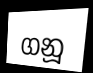
ගනූ